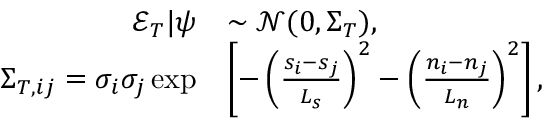
\begin{array} { r l } { \mathcal { E } _ { T } | \boldsymbol { \psi } } & { \sim \mathcal { N } ( 0 , \boldsymbol { \Sigma } _ { T } ) , } \\ { { \Sigma } _ { T , i j } = \sigma _ { i } \sigma _ { j } \exp } & { \left[ - \left( \frac { s _ { i } - s _ { j } } { L _ { s } } \right) ^ { 2 } - \left( \frac { n _ { i } - n _ { j } } { L _ { n } } \right) ^ { 2 } \right] , } \end{array}